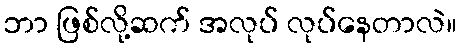
ဘာ ဖြစ်လို့ဆက် အလုပ် လုပ်နေတာလဲ။